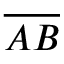
\overline { { A B } }